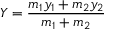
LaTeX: Y = { \frac { m _ { 1 } y _ { 1 } + m _ { 2 } y _ { 2 } } { m _ { 1 } + m _ { 2 } } }